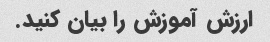
ارزش آموزش را بیان کنید.